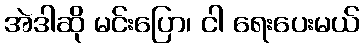
အဲဒါဆို မင်းပြော၊ ငါ ရေးပေးမယ်